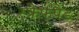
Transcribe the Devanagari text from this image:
स्कैफपैड